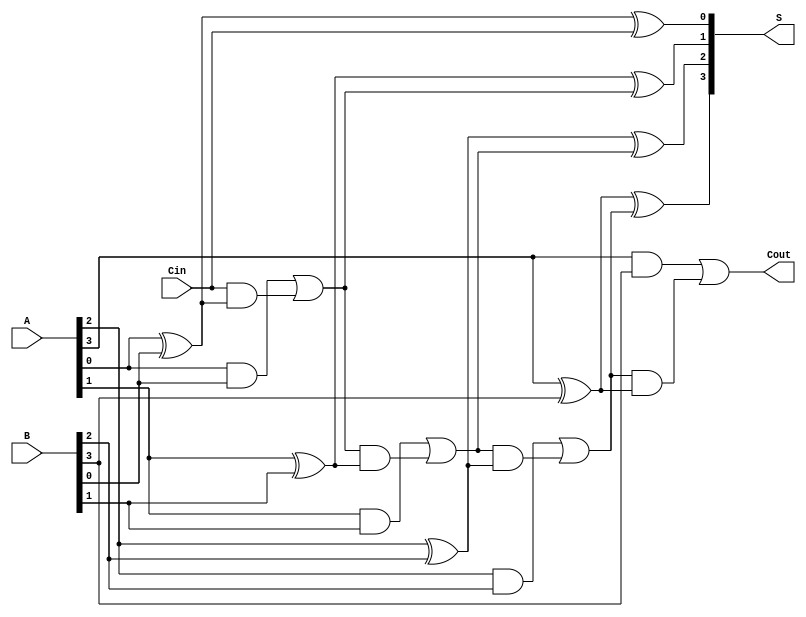
module conditional_sum_adder #(parameter N = 4) (
    input  wire [N-1:0] A,      // First n-bit input
    input  wire [N-1:0] B,      // Second n-bit input
    input  wire         Cin,     // Carry-in
    output wire [N-1:0] S,       // Sum output
    output wire         Cout      // Carry-out
);

    wire [N:0] C;               // Carry signals
    wire [N-1:0] P;             // Partial sums

    // Generate carry signals
    assign C[0] = Cin; // Initial carry-in

    genvar i;
    generate
        for (i = 0; i < N; i = i + 1) begin : carry_generation
            // Partial sum calculation
            assign P[i] = A[i] ^ B[i] ^ C[i]; // P[i] = A[i] XOR B[i] XOR C[i-1]

            // Carry generation
            assign C[i + 1] = (A[i] & B[i]) | (C[i] & (A[i] ^ B[i])); // C[i] = (A[i] AND B[i]) OR (C[i-1] AND (A[i] XOR B[i]))
        end
    endgenerate

    // Final sum calculation
    assign S = P; // The final sum is the partial sums
    assign Cout = C[N]; // Final carry-out

endmodule